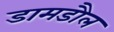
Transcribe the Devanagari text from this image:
डामडौल